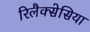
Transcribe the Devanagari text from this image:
रिलैक्सेसिया